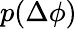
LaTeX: p(\Delta\phi)